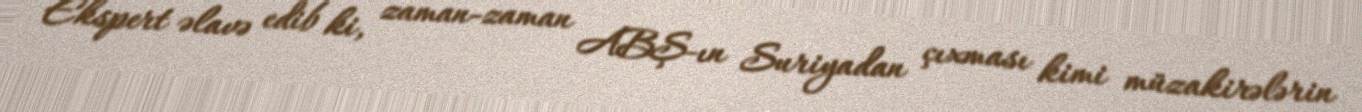
Ekspert əlavə edib ki, zaman-zaman ABŞ-ın Suriyadan çıxması kimi müzakirələrin